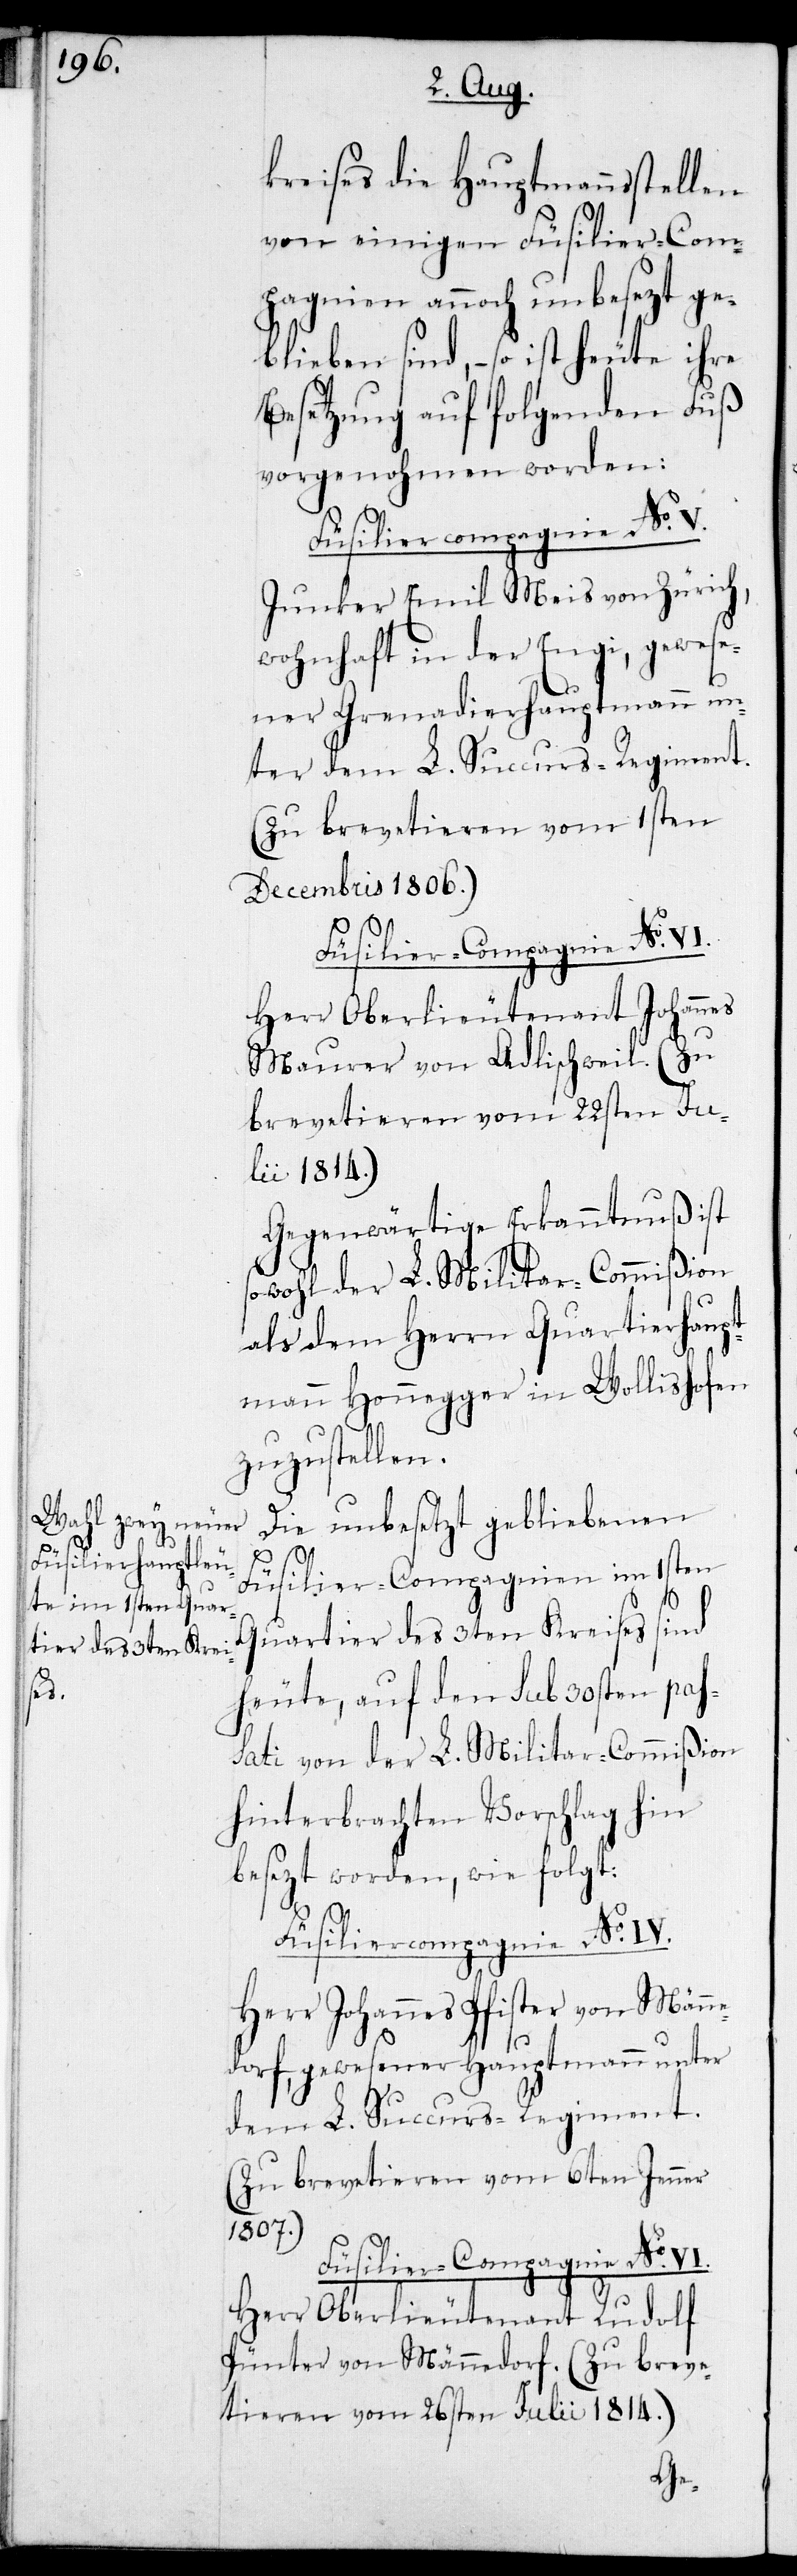
kreises die Hauptmannsstellen
von einigen Füsilier-Com¬
pagnien annoch unbesezt ge¬
blieben sind, – so ist heute ihre
Besetzung auf folgenden Fuß
vorgenohmen worden:
Junker Emil Meis von Zürich,
wohnhaft in der Engi, gewese¬
ner Grenadierhauptmann un¬
ter dem L. Succurs-Regiment.
(Zu brevetieren vom 1sten
Decembris 1806.)
Herr Oberlieutenant Johannes
Maurer von Adlischweil. (Uu
brevetieren vom 22sten Jul¬
ii 1814.)
Gegenwärtige Erkanntnuß ist
sowohl der L. Militar-Commißion
als dem Herrn Quartierhaupt¬
mann Honegger in Wollishofen
zuzustellen.
Die unbesetzt gebliebenen
Füsilier-Compagnien im 1sten
Quartier des 3ten Kreises sind
heute, auf den sub 30sten pas¬
sati von der L. Militar-Commißion
hinterbrachten Vorschlag hin,
besezt worden, wie folgt:
Füsiliercompagnie No IV.
Herr Johannes Pfister von Männ¬
edorf, gewesener Hauptmann unter
dem L. Succurs-Regiment.
(Zu brevetieren vom 6ten Jenner
1807.)
Füsilier-Compagnie No VI.
Herr Oberlieutenant Rudolf
Pünter von Männedorf. (Zu breve¬
tieren vom 26sten Julii 1814).